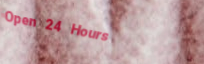
Open 24 Hours